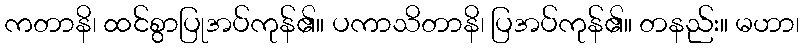
ကတာနိ၊ ထင်စွာပြုအပ်ကုန်၏။ ပကာသိတာနိ၊ ပြအပ်ကုန်၏။ တနည်း။ မဟာ၊